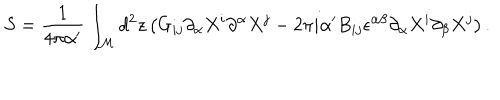
S = \frac { 1 } { 4 \pi \alpha ^ { \prime } } \int _ { \cal M } d ^ { 2 } z \left( G _ { i j } \partial _ { \alpha } X ^ { i } \partial ^ { \alpha } X ^ { j } - 2 \pi i \alpha ^ { \prime } B _ { i j } \epsilon ^ { \alpha \beta } \partial _ { \alpha } X ^ { i } \partial _ { \beta } X ^ { j } \right) .